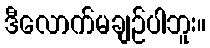
ဒီလောက်မချဉ်ပါဘူး။